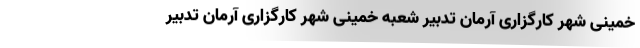
خمینی شهر کارگزاری آرمان تدبیر شعبه خمینی شهر کارگزاری آرمان تدبیر